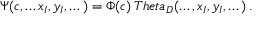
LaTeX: \Psi ( c , \dots x _ { I } , y _ { I } , \dots ) = \Phi ( c ) \, T h e t a _ { D } ( \dots , x _ { I } , y _ { I } , \dots ) \, .